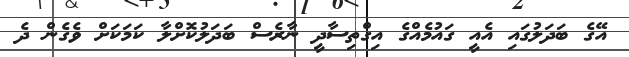
އޭގެ ބަދަލުގައި އެއީ ގައުމެއްގެ އިގްތިސާދީ ނާރެސް ބަދަލުކޮށްލާ ކަމަކަށް ވެގެން ދެ